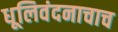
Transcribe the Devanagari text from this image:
धूलिवंदनाचाच